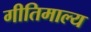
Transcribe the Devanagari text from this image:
गीतिमाल्य